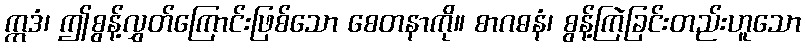
ဣဒံ၊ ဤစွန့်လွှတ်ကြောင်းဖြစ်သော စေတနာကို။ စာဂဓနံ၊ စွန့်ကြဲခြင်းတည်းဟူသော